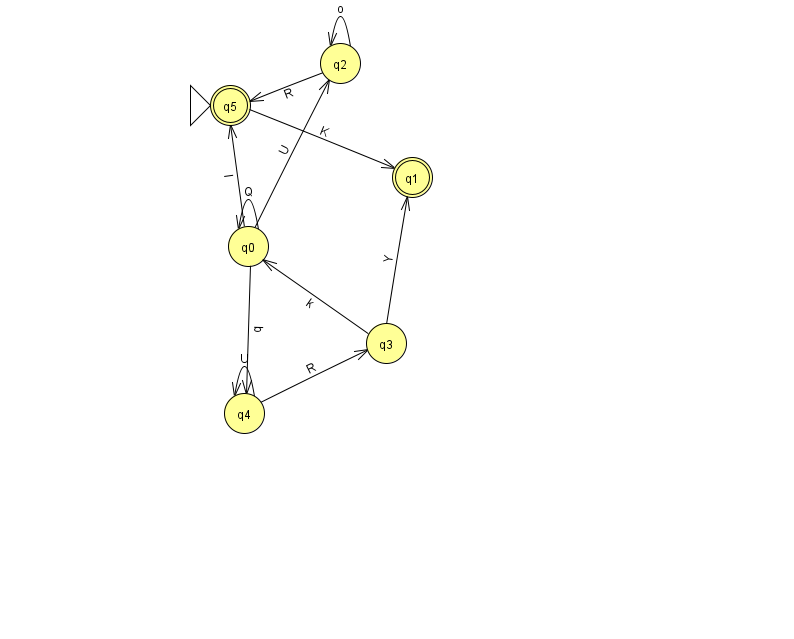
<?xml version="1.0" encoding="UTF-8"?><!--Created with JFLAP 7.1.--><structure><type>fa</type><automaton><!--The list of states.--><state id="0" name="q0"><x>248.0</x><y>233.0</y></state><state id="1" name="q1"><x>412.0</x><y>164.0</y><final/></state><state id="2" name="q2"><x>340.0</x><y>50.0</y></state><state id="3" name="q3"><x>386.0</x><y>330.0</y></state><state id="4" name="q4"><x>244.0</x><y>400.0</y></state><state id="5" name="q5"><x>230.0</x><y>92.0</y><initial/><final/></state><!--The list of transitions.--><transition><from>0</from><to>0</to><read>Q</read></transition><transition><from>4</from><to>3</to><read>R</read></transition><transition><from>4</from><to>4</to><read>U</read></transition><transition><from>3</from><to>0</to><read>k</read></transition><transition><from>3</from><to>1</to><read>Y</read></transition><transition><from>0</from><to>5</to><read>l</read></transition><transition><from>0</from><to>2</to><read>U</read></transition><transition><from>0</from><to>4</to><read>q</read></transition><transition><from>2</from><to>2</to><read>o</read></transition><transition><from>2</from><to>5</to><read>R</read></transition><transition><from>5</from><to>1</to><read>K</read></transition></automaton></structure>